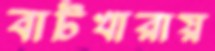
বাটখারায়